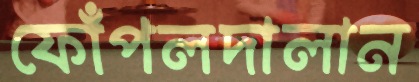
ফোঁপলদালান